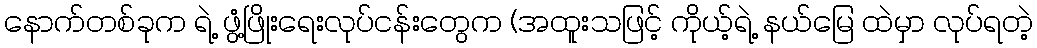
နောက်တစ်ခုက ရဲ့ ဖွံ့ဖြိုးရေးလုပ်ငန်းတွေက (အထူးသဖြင့် ကိုယ့်ရဲ့ နယ်မြေ ထဲမှာ လုပ်ရတဲ့